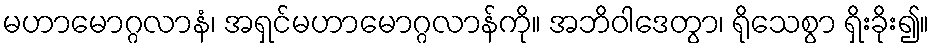
မဟာမောဂ္ဂလာနံ၊ အရှင်မဟာမောဂ္ဂလာန်ကို။ အဘိဝါဒေတွာ၊ ရိုသေစွာ ရှိးခိုး၍။